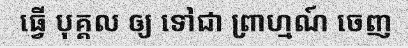
ធ្វើ បុគ្គល ឲ្យ ទៅជា ព្រាហ្មណ៍ ចេញ